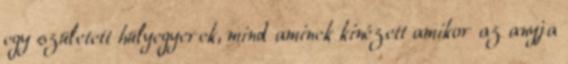
egy született hülyegyerek, mind aminek kinézett amikor az anyja